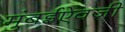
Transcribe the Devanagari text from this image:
मुंबईऐवजी